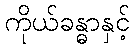
ကိုယ်ခန္ဓာနှင့်